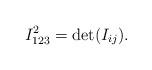
LaTeX: \begin{align*} I_{123}^2=\det(I_{ij}). \end{align*}